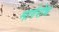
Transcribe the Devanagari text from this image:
मार्गरोध